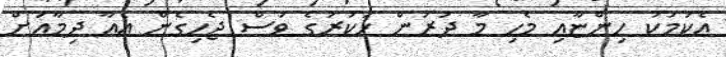
އެކަމަކު ހިންޏާއި މެހި މާ ދުރުން ހަކުރުގެ ވަސް ޖެހިގެން އެއާ ދިމާއަށް